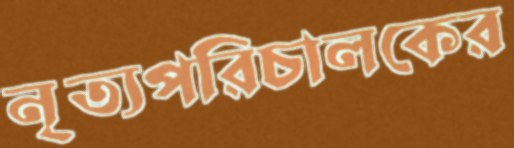
নৃত্যপরিচালকের